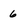
Character: 6